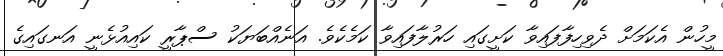
މީހުން އެކަމަށް ދެވިހިފާފައިވާ ކަށީގައި ހަރުލާފައިވާ ކަމެކެވެ. އަނެއްބަޔަކު ސްޕާރީ ކައިއުޅެނީ އަނގައިގެ